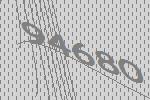
94680